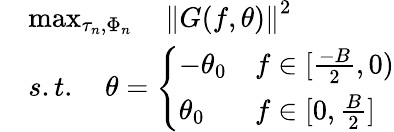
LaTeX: \begin{array}{rl}&{\operatorname*{max}_{\tau_{n},\Phi_{n}}\quad\left\| G(f,\theta)\right\| ^{2}}\\ &{s.t.\quad\theta=\left\{ \begin{array}{ll}{-\theta_{0}}&{f\in[\frac{-B}{2},0)}\\ {\theta_{0}}&{f\in[0,\frac{B}{2}]}\end{array}\right.}\end{array}